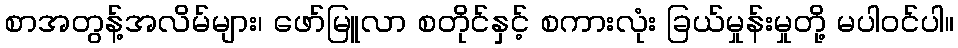
စာအတွန့်အလိမ်များ၊ ဖော်မြူလာ စတိုင်နှင့် စကားလုံး ခြယ်မှုန်းမှုတို့ မပါဝင်ပါ။